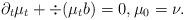
LaTeX: \begin{align*} \partial_t\mu_t+\div(\mu_t b)=0,\mu_0=\nu. \end{align*}